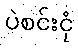
ပဲစင်းငုံ